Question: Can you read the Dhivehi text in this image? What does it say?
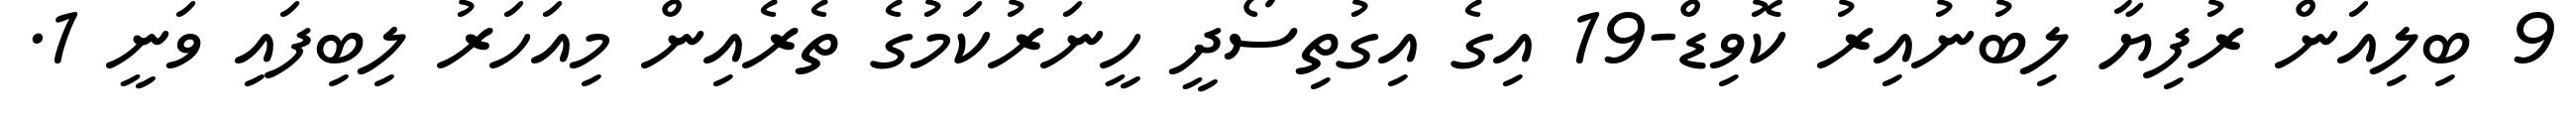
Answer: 9 ބިލިއަން ރުފިޔާ ލިބުނުއިރު ކޮވިޑް-19 އިގެ އިގުތިސޯދީ ހީނަރުކަމުގެ ތެރެއިން މިއަހަރު ލިބިފައި ވަނީ 1.